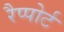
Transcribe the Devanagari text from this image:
रैप्पोर्ट